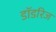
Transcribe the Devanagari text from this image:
डॉडरिज